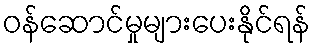
ဝန်ဆောင်မှုများပေးနိုင်ရန်